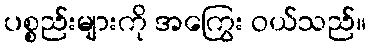
ပစ္စည်းများကို အကြွေး ဝယ်သည်။